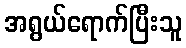
အရွယ်ရောက်ပြီးသူ